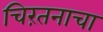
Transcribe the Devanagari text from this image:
चिरंतनाचा